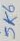
Text: 5K6